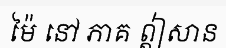
ម៉ៃ នៅ ភាគ ឦសាន